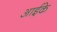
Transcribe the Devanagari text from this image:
आईके